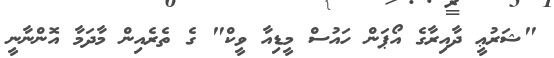
"ޝަރުޢީ ދާއިރާގެ އޯޕަން ހައުސް މީޑިއާ ވީކް" ގެ ތެރެއިން މާދަމާ އޮންނާނީ